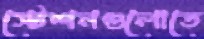
স্টেশনগুলোতে